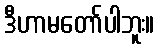
ဒီဟာမတော်ပါဘူး။